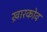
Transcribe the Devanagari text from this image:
ख़ारकोव